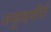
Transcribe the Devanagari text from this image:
जन्हुऋषींनी